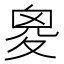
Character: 𡕩